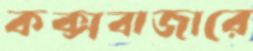
কক্সবাজারে